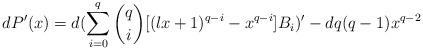
LaTeX: \begin{align*}dP'(x)=d(\sum\limits_{i=0}^{q}\binom {q} {i}[(lx+1)^{q-i}-x^{q-i}]B_{i})'-dq(q-1)x^{q-2}\end{align*}